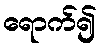
ရောက်၍